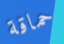
حماقة